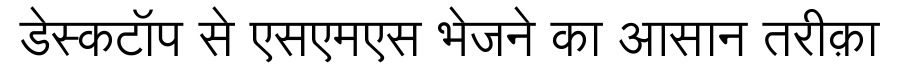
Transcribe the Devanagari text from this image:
डेस्कटॉप से एसएमएस भेजने का आसान तरीक़ा